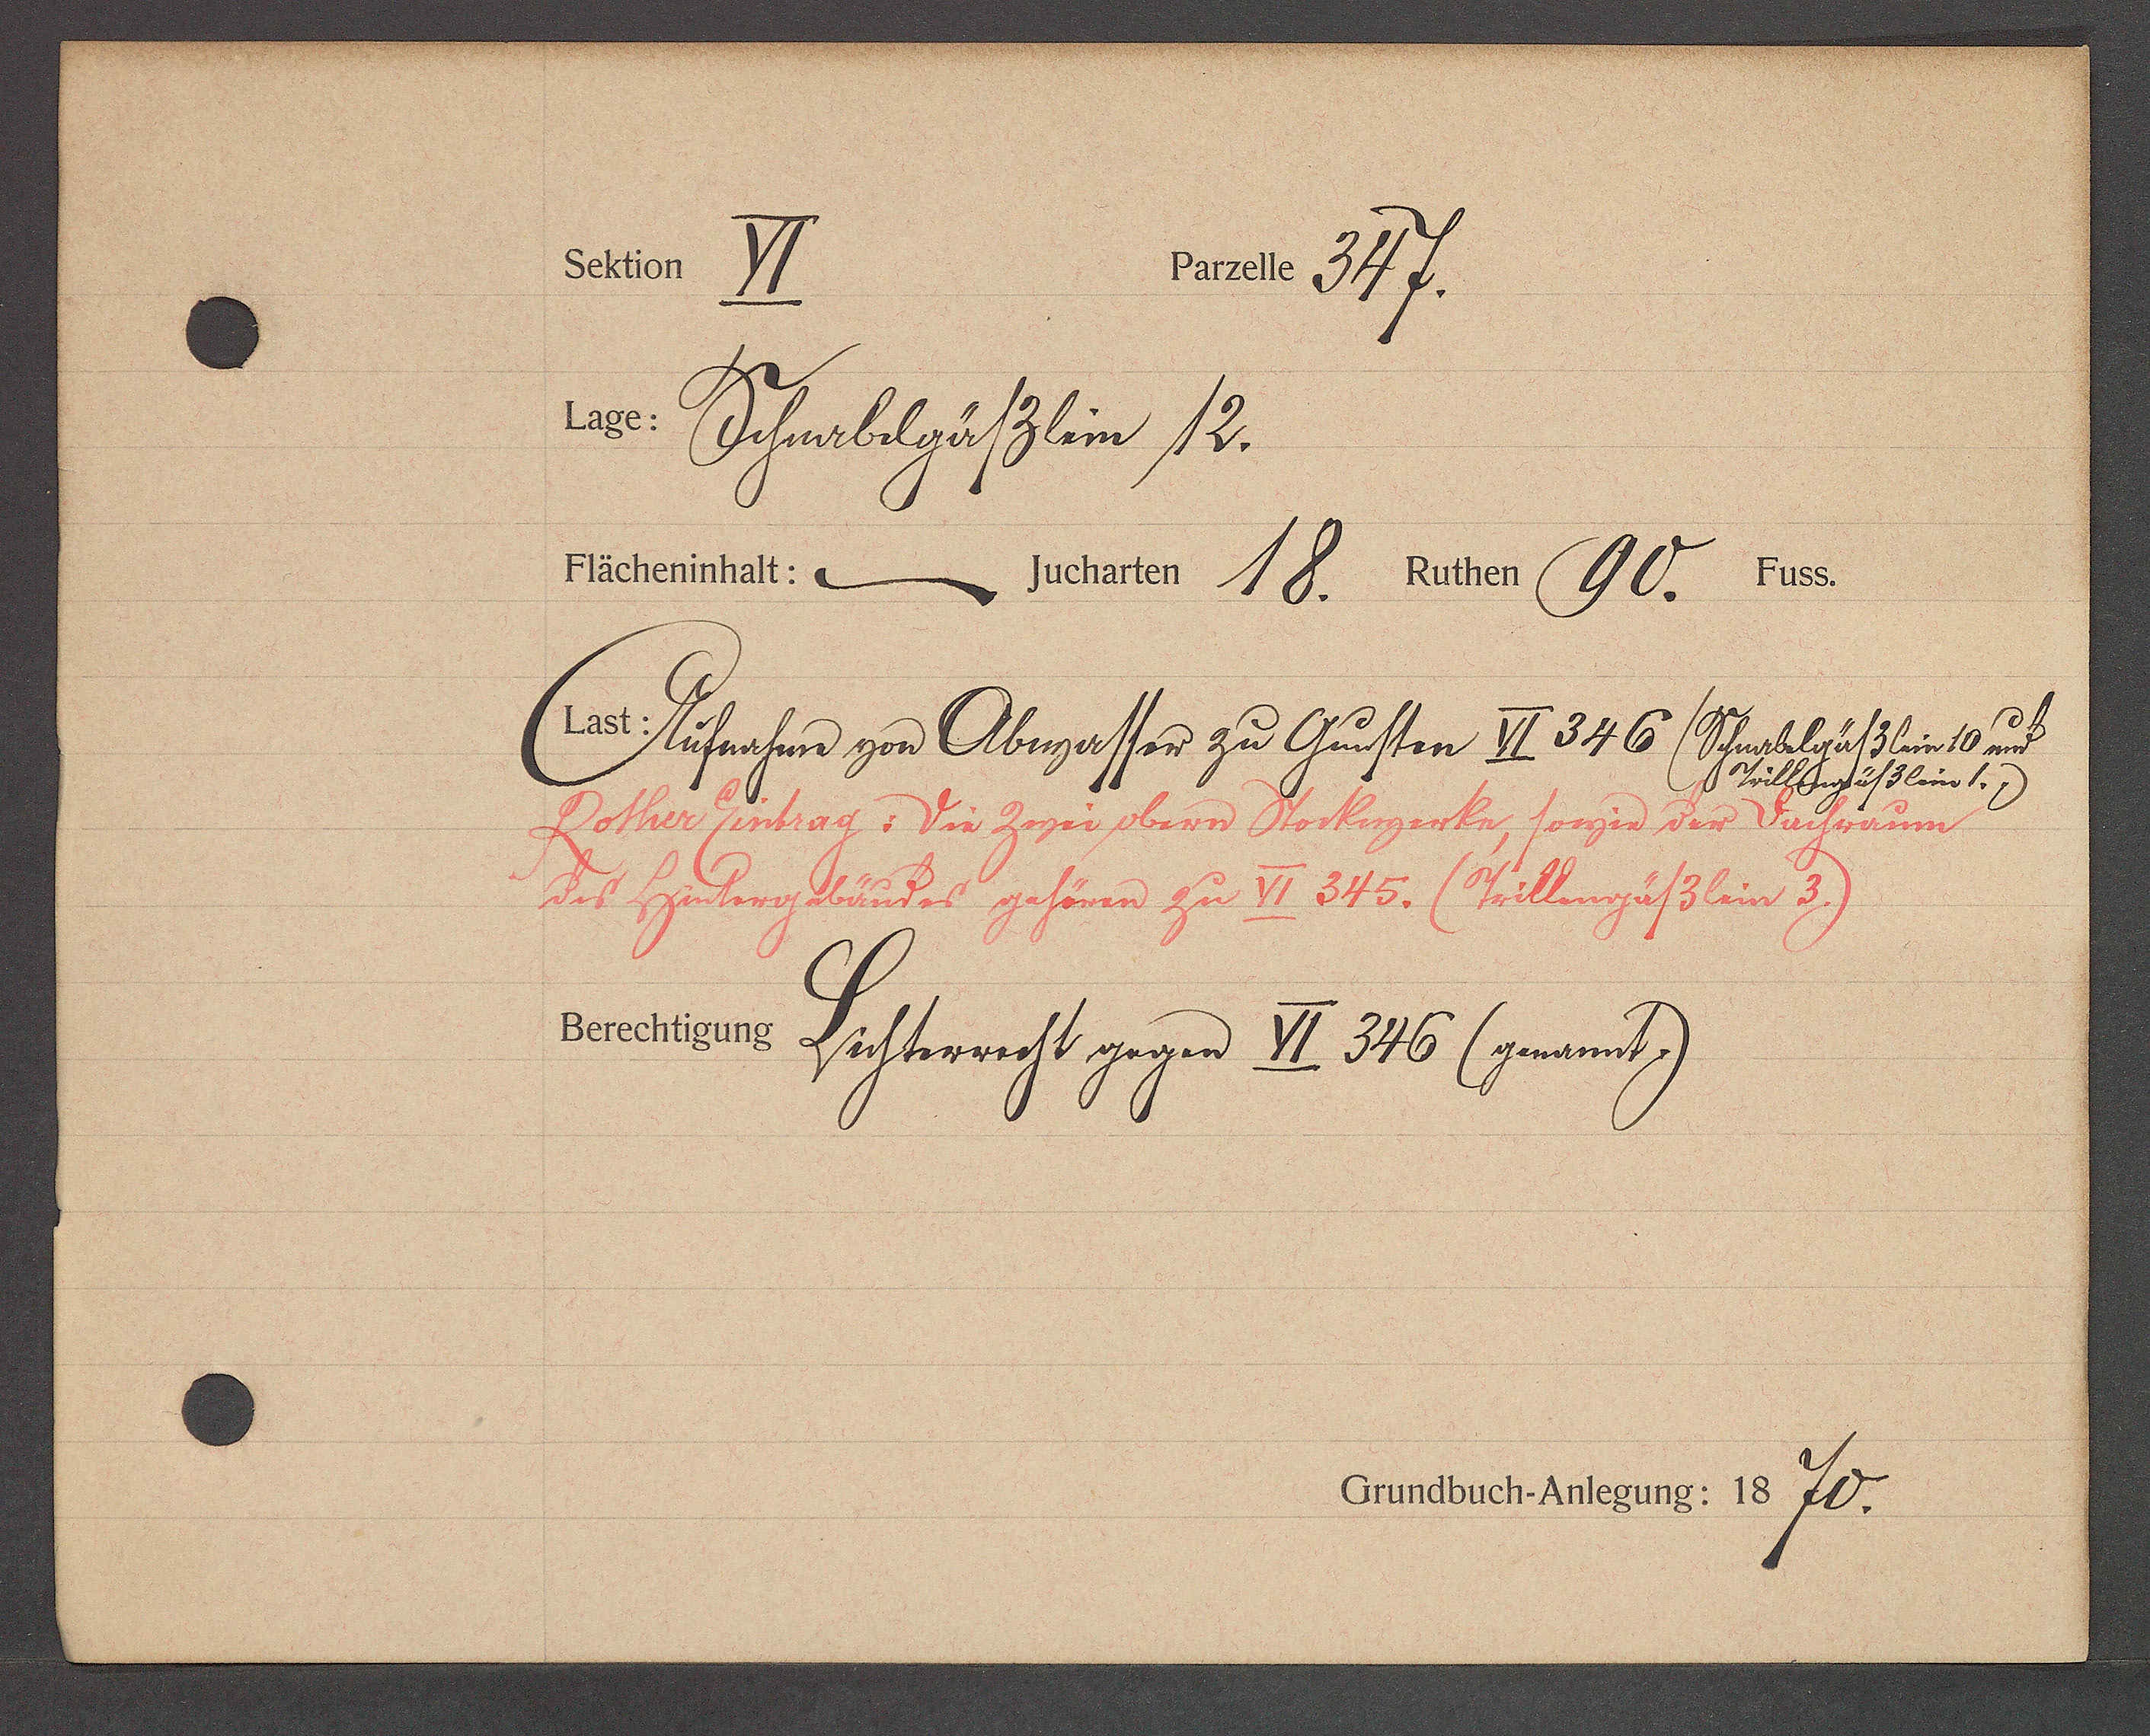
Transcript:
Schtorn ).

ȡ.

Damete 34f
_

18. Dier (90 Xr05.

Jstim VI. 3 46 (Rfhinsber
8 nt

uȵ u VI. 345. (Püllingaßslin
ockngerke, fonznd,

171

andt